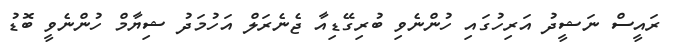
ރައީސް ނަޝީދު އަރިހުގައި ހުންނެވި ބުރިގޭޑިއާ ޖެނެރަލް އަހުމަދު ޝިޔާމް ހުންނެވީ ބޮޑު